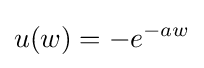
u(w)=-e^{-aw}